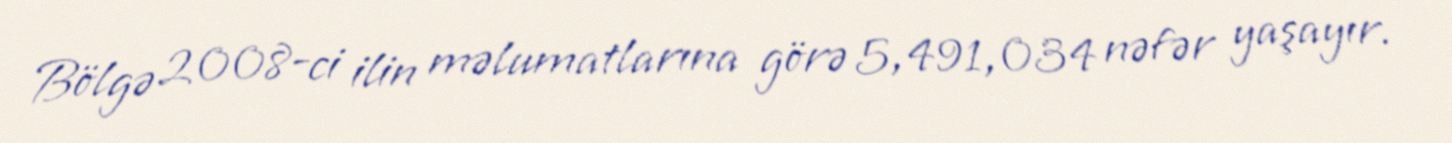
Bölgə 2008-ci ilin məlumatlarına görə 5,491,034 nəfər yaşayır.